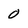
Character: 0